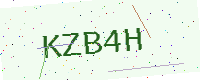
Text: KZB4H